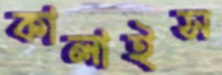
কালাইস